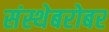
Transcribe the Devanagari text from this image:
संस्थेबरोबर